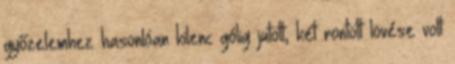
győzelemhez hasonlóan kilenc gólig jutott, két rontott lövése volt